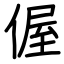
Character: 偓